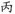
丙